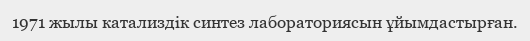
1971 жылы катализдік синтез лабораториясын ұйымдастырған.